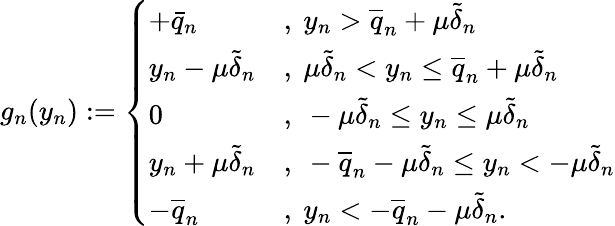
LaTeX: \begin{array}{r}{g_{n}(y_{n}):=\left\{ \begin{array}{ll}{+\bar{q}_{n}}&{,~y_{n}>\overline{{q}}_{n}+\mu\tilde{\delta}_{n}}\\ {y_{n}-\mu\tilde{\delta}_{n}}&{,~\mu\tilde{\delta}_{n}<y_{n}\leq\overline{{q}}_{n}+\mu\tilde{\delta}_{n}}\\ {0}&{,~-\mu\tilde{\delta}_{n}\leq y_{n}\leq\mu\tilde{\delta}_{n}}\\ {y_{n}+\mu\tilde{\delta}_{n}}&{,~-\overline{{q}}_{n}-\mu\tilde{\delta}_{n}\leq y_{n}<-\mu\tilde{\delta}_{n}}\\ {-\overline{{q}}_{n}}&{,~y_{n}<-\overline{{q}}_{n}-\mu\tilde{\delta}_{n}.}\end{array}\right.}\end{array}